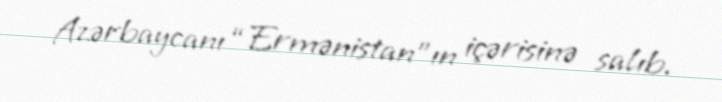
Azərbaycanı “Ermənistan”ın içərisinə salıb.